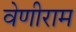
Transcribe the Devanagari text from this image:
वेणीराम